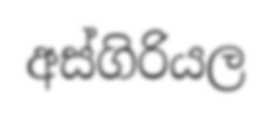
අස්ගිරියල